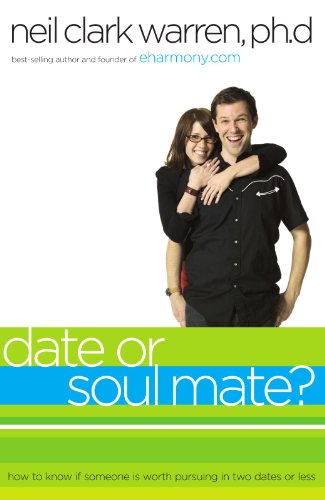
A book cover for Date or Soul Mate?: How to Know if Someone is Worth Pursuing in Two Dates or Less; Neil Clark Warren; Self-Help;